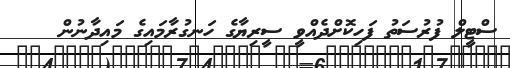
ސްޓީލް ފުރުސަތު ފަހިކޮށްދެއްވީ ސީރިޔާގެ ހަނގުރާމައިގެ މައިދާނުން